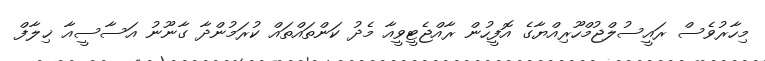
މިހާރުވެސް ރައީސުލްޖުމްހޫރިއްޔާގެ އޮފީހުން ރާއްޖެޓީވީއާ މެދު ކަންތައްތައް ކުރަމުންދާ ގާނޫނު އަސާސީއާ ޚިލާފް